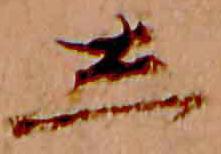
し